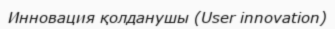
Инновация қолданушы (User innovation)